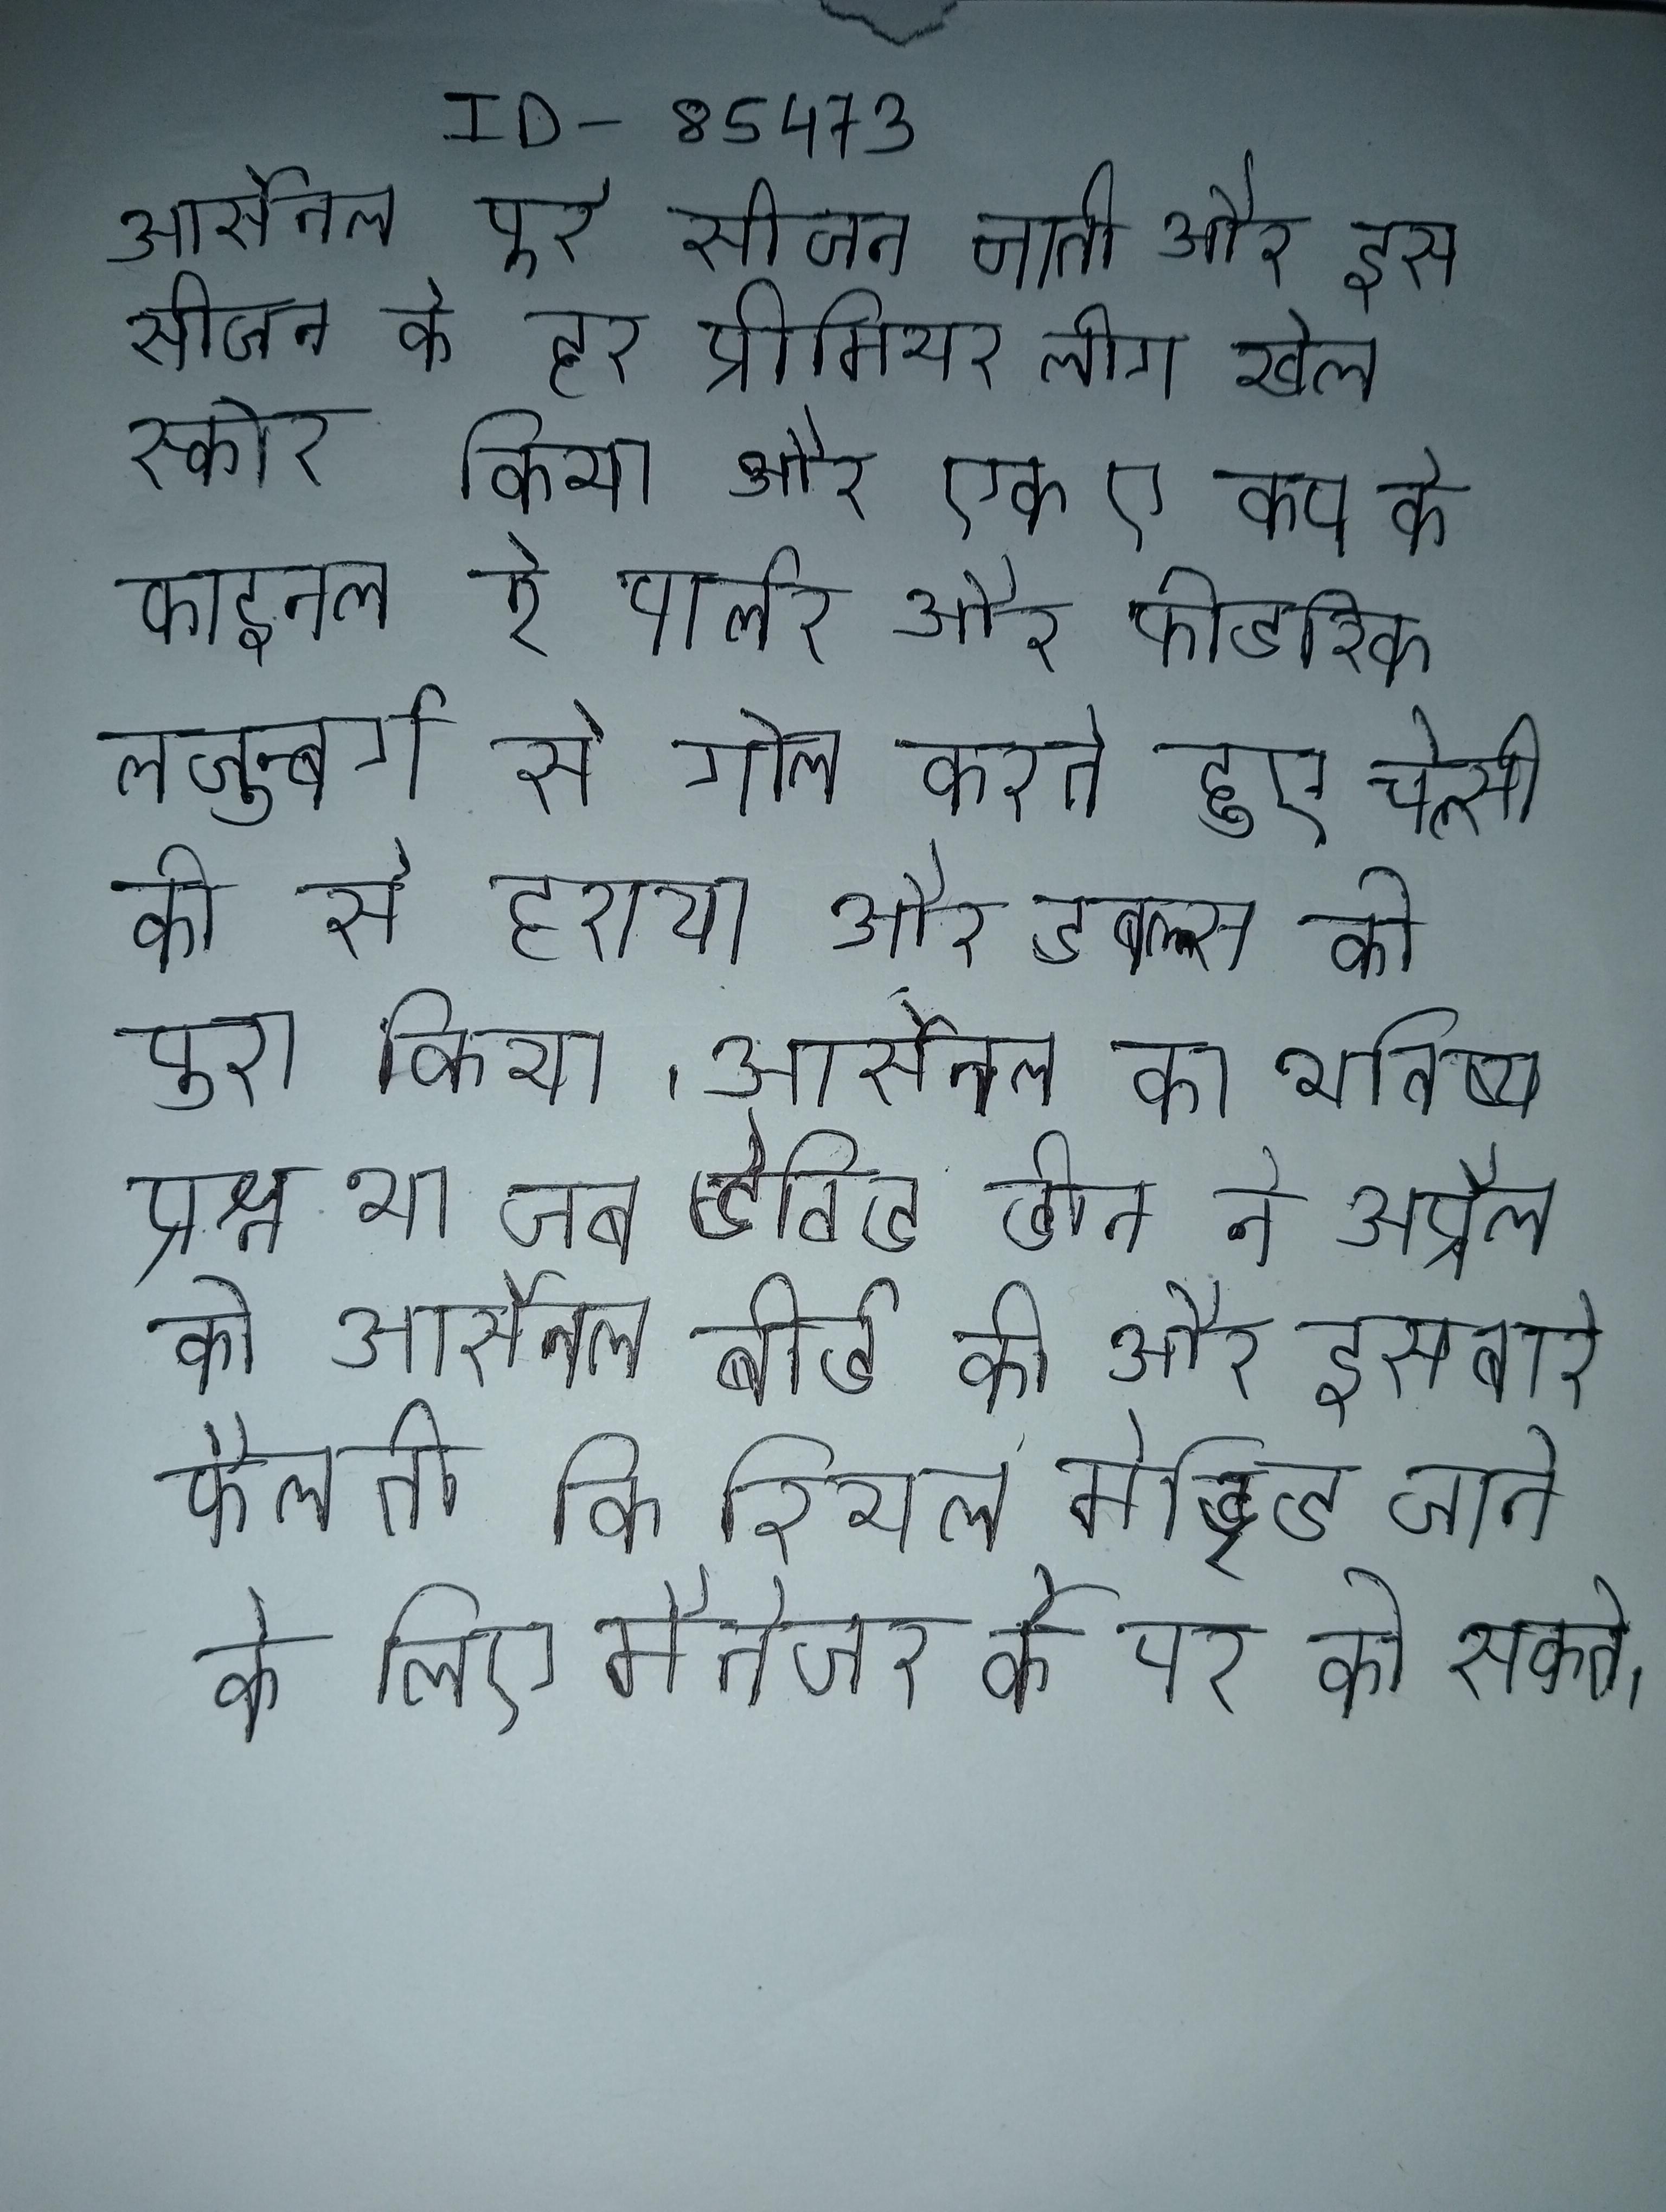
आर्सेनल पूरे सीजन जीता और इस सीजन के हर प्रीमियर लीग खेल स्कोर किया और एफ ए कप के फाइनल रे पार्लर और फ्रीडरिक लजुन्बर्ग से गोल करते हुए चेल्सी को से हराया और डबल्स को पूरा किया । आर्सेनल का भविष्य प्रश्न था जब डेविड डीन ने अप्रैल को आर्सेनल बोर्ड को और इस बारे फैलती कि रियल मेड्रिड जाने के लिए मैनेजर के पद को सकते ।